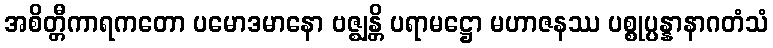
အစိတ္တီကာရကတော ပမောဒမာနော ဗဇ္ဈန္တိ ပရာမဋ္ဌော မဟာဇနဿ ပစ္စုပ္ပန္နာနာဂတံသံ